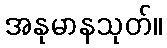
အနုမာနသုတ်။